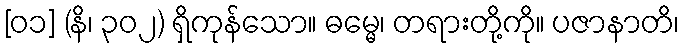
[၀၁] (နိ၊ ၃၀၂) ရှိကုန်သော။ ဓမ္မေ၊ တရားတို့ကို။ ပဇာနာတိ၊